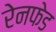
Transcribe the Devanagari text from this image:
रेनफेड